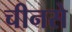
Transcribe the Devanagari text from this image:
चीनसे